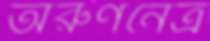
অরুণনেত্র